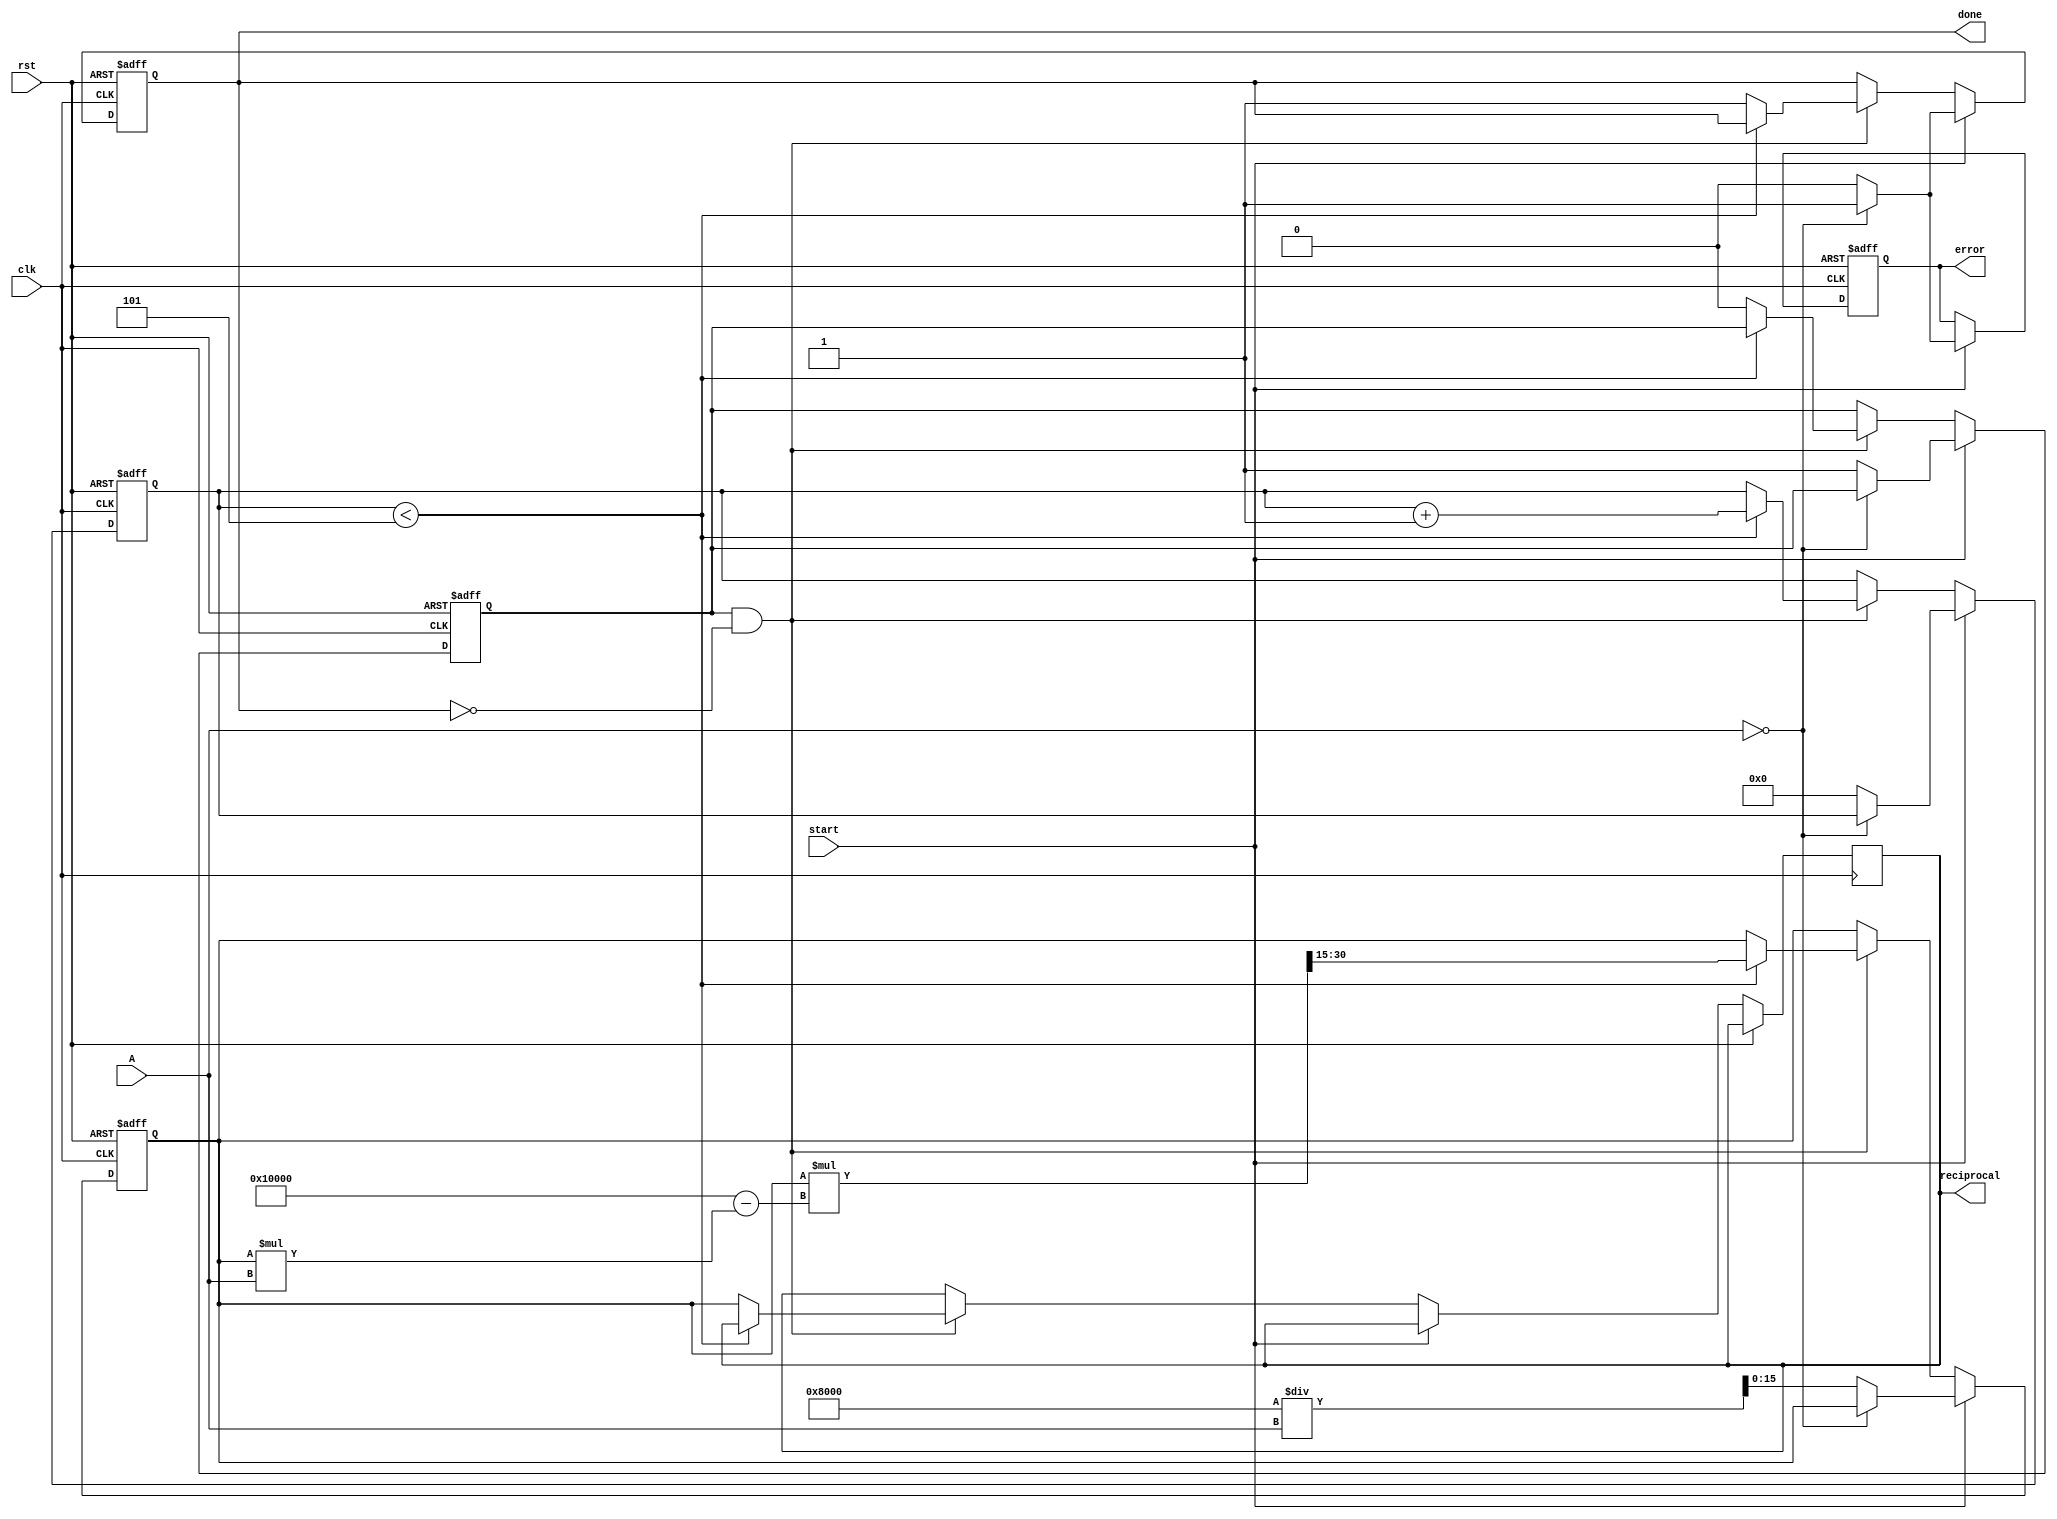
module iterative_reciprocal #(
    parameter N = 16,        // Bit-width of input
    parameter M = 16,        // Bit-width of output
    parameter ITERATIONS = 5 // Number of iterations for refinement
)(
    input  wire clk,         // Clock signal
    input  wire rst,         // Reset signal
    input  wire start,       // Start signal for computation
    input  wire [N-1:0] A,   // Input value (fixed-point)
    output reg  [M-1:0] reciprocal, // Computed reciprocal (fixed-point)
    output reg  done,        // Signal indicating computation is done
    output reg  error        // Signal indicating an error (e.g., division by zero)
);

    reg [M-1:0] x_n;         // Current estimate of reciprocal
    reg [M-1:0] x_n_next;    // Next estimate of reciprocal
    reg [3:0] iteration_count; // Iteration counter
    reg valid_input;         // Flag for valid input

    // Initial estimate generation (using a simple approximation)
    function [M-1:0] initial_estimate;
        input [N-1:0] A;
        begin
            if (A == 0) begin
                initial_estimate = {M{1'b0}}; // Return 0 for zero input
            end else begin
                initial_estimate = (1 << (M-1)) / A; // Simple initial estimate
            end
        end
    endfunction

    // Iterative computation
    always @(posedge clk or posedge rst) begin
        if (rst) begin
            x_n <= 0;
            iteration_count <= 0;
            done <= 0;
            error <= 0;
            valid_input <= 0;
        end else if (start) begin
            if (A == 0) begin
                error <= 1; // Set error for zero input
                done <= 1;
            end else begin
                valid_input <= 1;
                x_n <= initial_estimate(A); // Generate initial estimate
                iteration_count <= 0;
                done <= 0;
                error <= 0;
            end
        end else if (valid_input && !done) begin
            if (iteration_count < ITERATIONS) begin
                // Update the estimate using the iterative formula
                x_n_next = x_n * (2**M - x_n * A) >> (N-1); // x_n * (2 - x_n * A)
                x_n <= x_n_next;
                iteration_count <= iteration_count + 1;
            end else begin
                reciprocal <= x_n; // Final result
                done <= 1; // Signal that computation is done
                valid_input <= 0; // Reset valid input flag
            end
        end
    end

endmodule